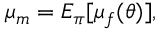
\mu _ { m } = E _ { \pi } [ \mu _ { f } ( \theta ) ] \, \! ,